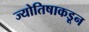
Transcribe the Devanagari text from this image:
ज्योतिषाकडून